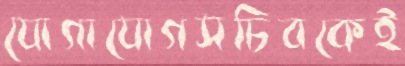
যোগাযোগসচিবকেই